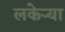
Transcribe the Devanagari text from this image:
लकेऱ्या